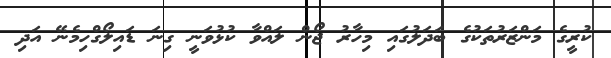
ކުރީގެ މަންޒަރުތަކުގެ ބަދަލުގައި މިހާރު ޖޯން ލައްވާ ކުޅުވަނީ ގިނަ ޑައިލޯގްހިމެނޭ އަދި